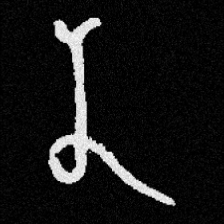
Pyu character \u2014 Myanmar letter: န (romanized: na)